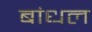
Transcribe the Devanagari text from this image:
बांधल